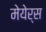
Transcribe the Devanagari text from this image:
मेयेर्स